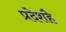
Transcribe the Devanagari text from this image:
प्रदेशहै